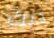
ذلك